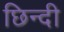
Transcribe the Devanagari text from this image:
छिन्दी